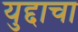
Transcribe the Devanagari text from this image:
युद्दाचा